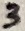
Text: 3